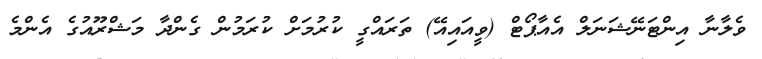
ވެލާނާ އިންޓަނޭޝަނަލް އެއާޕޯޓް (ވީއައިއޭ) ތަރައްގީ ކުރުމަށް ކުރަމުން ގެންދާ މަޝްރޫއުގެ އެންމެ